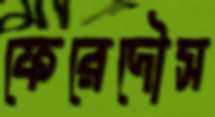
ফেরেদৌস